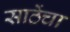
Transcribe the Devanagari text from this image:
साठेंचा